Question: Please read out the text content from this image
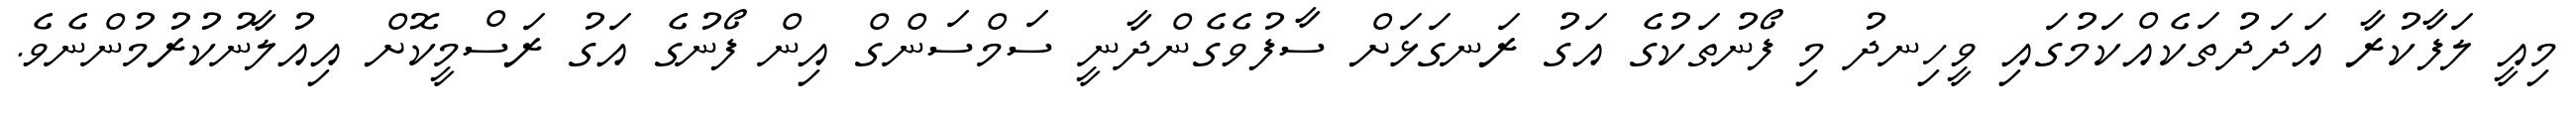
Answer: މިއީ ލަފާކުރާ އަދަދުތަކެއްކަމުގައި ވީހިނދު މި ފޯނުތަކުގެ އަގު ރަނގަޅަށް ސާފުވެގެންދާނީ ސަމްސަންގް އިން ފޯނުގެ އަގު ރަސްމީކޮށް އިއުލާނުކުރުމުންނެވެ.